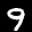
Label: 9